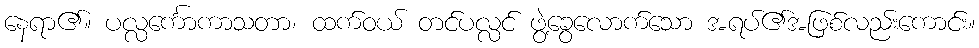
နေရာ၏။ ပလ္လင်္ကောကာသတာ၊ ထက်ဝယ် တင်ပလ္လင် ဖွဲ့ခွေလောက်သော အရပ်၏အဖြစ်လည်းကောင်း။